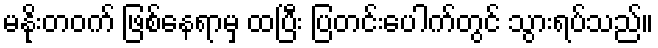
မနိုးတဝက် ဖြစ်နေရာမှ ထပြီး ပြတင်းပေါက်တွင် သွားရပ်သည်။